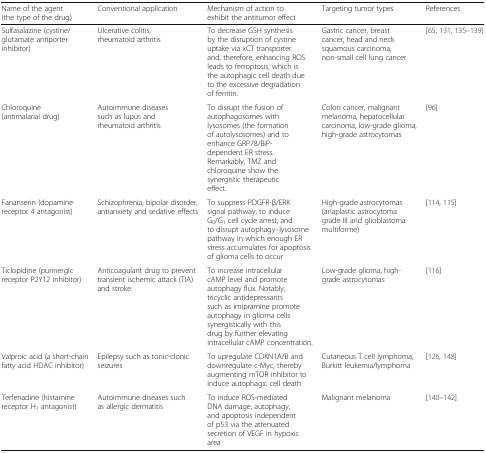
<table><thead><tr><td><b>Name of the agent (the type of the drug)</b></td><td><b>Conventional application</b></td><td><b>Mechanism of action to exhibit the antitumor effect</b></td><td><b>Targeting tumor types</b></td><td><b>References</b></td></tr></thead><tbody><tr><td>Sulfasalazine (cystine/glutamate antiporter inhibitor)</td><td>Ulcerative colitis, rheumatoid arthritis</td><td>To decrease GSH synthesis by the disruption of cystine uptake via xCT transporter and, therefore, enhancing ROS leads to ferroptosis, which is the autophagic cell death due to the excessive degradation of ferritin.</td><td>Gastric cancer, breast cancer, head and neck squamous carcinoma, non-small cell lung cancer</td><td>[65, 131, 135–139]</td></tr><tr><td>Chloroquine (antimalarial drug)</td><td>Autoimmune diseases such as lupus and rheumatoid arthritis</td><td>To disrupt the fusion of autophagosomes with lysosomes (the formation of autolysosomes) and to enhance GRP78/BiP-dependent ER stress. Remarkably, TMZ and chloroquine show the synergistic therapeutic effect.</td><td>Colon cancer, malignant melanoma, hepatocellular carcinoma, low-grade glioma, high-grade astrocytomas</td><td>[96]</td></tr><tr><td>Fananserin (dopamine receptor 4 antagonist)</td><td>Schizophrenia, bipolar disorder, antianxiety and sedative effects</td><td>To suppress PDGFR-β/ERK signal pathway, to induce G<sub>0</sub>/G<sub>1</sub> cell cycle arrest, and to disrupt autophagy–lysosome pathway in which enough ER stress accumulates for apoptosis of glioma cells to occur</td><td>High-grade astrocytomas (anaplastic astrocytoma grade III and glioblastoma multiforme)</td><td>[114, 115]</td></tr><tr><td>Ticlopidine (purinergic receptor P2Y12 inhibitor)</td><td>Anticoagulant drug to prevent transient ischemic attack (TIA) and stroke</td><td>To increase intracellular cAMP level and promote autophagy flux. Notably, tricyclic antidepressants such as imipramine promote autophagy in glioma cells synergistically with this drug by further elevating intracellular cAMP concentration.</td><td>Low-grade glioma, high-grade astrocytomas</td><td>[116]</td></tr><tr><td>Valproic acid (a short-chain fatty acid HDAC inhibitor)</td><td>Epilepsy such as tonic-clonic seizures</td><td>To upregulate CDKN1A/B and downregulate c-Myc, thereby augmenting mTOR inhibitor to induce autophagic cell death</td><td>Cutaneous T cell lymphoma, Burkitt leukemia/lymphoma</td><td>[126, 148]</td></tr><tr><td>Terfenadine (histamine receptor H<sub>1</sub> antagonist)</td><td>Autoimmune diseases such as allergic dermatitis</td><td>To induce ROS-mediated DNA damage, autophagy, and apoptosis independent of p53 via the attenuated secretion of VEGF in hypoxic area</td><td>Malignant melanoma</td><td>[140–142]</td></tr></tbody></table>